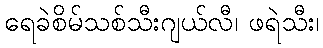
ရေခဲစိမ်သစ်သီးဂျယ်လီ၊ ဖရဲသီး၊